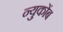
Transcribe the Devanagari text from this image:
न्युकोंब